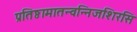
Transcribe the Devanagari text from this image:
प्रतिष्ठामातन्वन्निजशिरसि